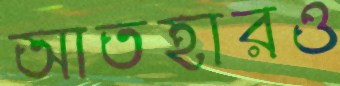
আতহারও